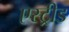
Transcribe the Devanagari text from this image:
एस्ट्रीड